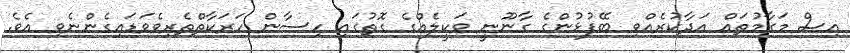
އިސް މަގާމުތައް އަދާކުރެއްވި ބޭފުޅުންގެ ގާނޫނީ ވަކީލެއްގެ ގޮތުގައި ހިސާން ހަރަކާތްތެރިވެވަޑައިގެންނެވި އެވެ.